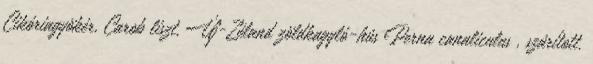
Cikóriagyökér, Carob liszt, Új-Zéland zöldkagyló-hús Perna canaliculus , szárított.